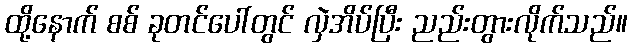
ထို့နောက် စစ် ခုတင်ပေါ်တွင် လှဲအိပ်ပြီး ညည်းတွားလိုက်သည်။